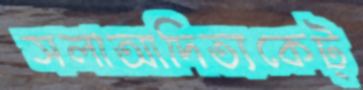
সলাআদিত্যকেট্